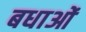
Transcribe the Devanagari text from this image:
बधाओं